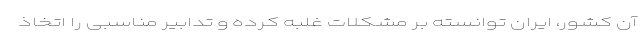
آن کشور، ایران توانسته بر مشکلات غلبه کرده و تدابیر مناسبی را اتخاذ